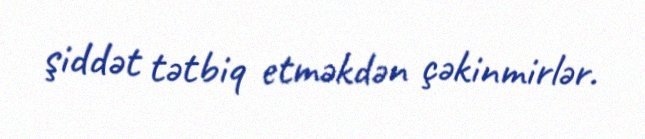
şiddət tətbiq etməkdən çəkinmirlər.